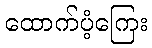
ထောက်ပံ့ကြေး